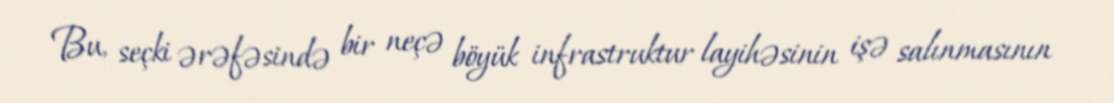
Bu, seçki ərəfəsində bir neçə böyük infrastruktur layihəsinin işə salınmasının